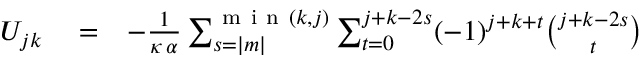
\begin{array} { r l r } { U _ { j k } } & { { } = } & { - \frac { 1 } { \kappa \, \alpha } \sum _ { s = | m | } ^ { \mathrm { ~ m ~ i ~ n ~ } ( k , j ) } \sum _ { t = 0 } ^ { j + k - 2 s } ( - 1 ) ^ { j + k + t } { \binom { j + k - 2 s } { t } } } \end{array}